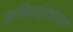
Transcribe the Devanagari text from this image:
आशियाईवंशीयांत